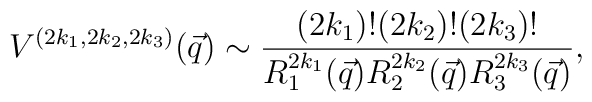
V^{(2k_1,2k_2,2k_3)}(\vec q) \sim  \frac{(2k_1)! (2k_2)! (2k_3)!}  {R_1^{2k_1}(\vec q) R_2^{2k_2}(\vec q) R_3^{2k_3}(\vec q)},